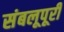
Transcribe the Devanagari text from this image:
संबलूपूरी